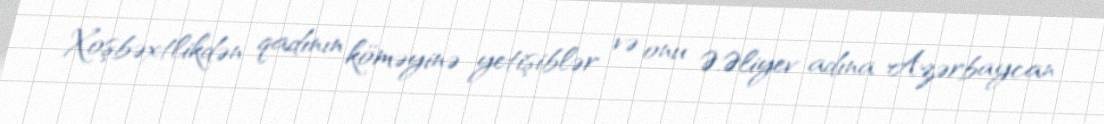
Xoşbəxtlikdən qadının köməyinə yetişiblər və onu Ə.Əliyev adına Azərbaycan